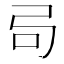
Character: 𫸧